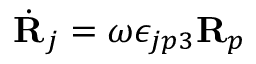
\dot { \bf R } _ { j } = \omega \epsilon _ { j p 3 } { \bf R } _ { p }